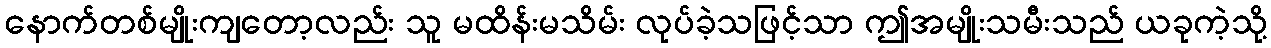
နောက်တစ်မျိုးကျတော့လည်း သူ မထိန်းမသိမ်း လုပ်ခဲ့သဖြင့်သာ ဤအမျိုးသမီးသည် ယခုကဲ့သို့